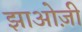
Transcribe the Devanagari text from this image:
झाओज़ी